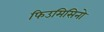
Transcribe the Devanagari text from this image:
फिउमिसिनो